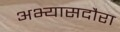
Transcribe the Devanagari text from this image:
अभ्यासदौरा